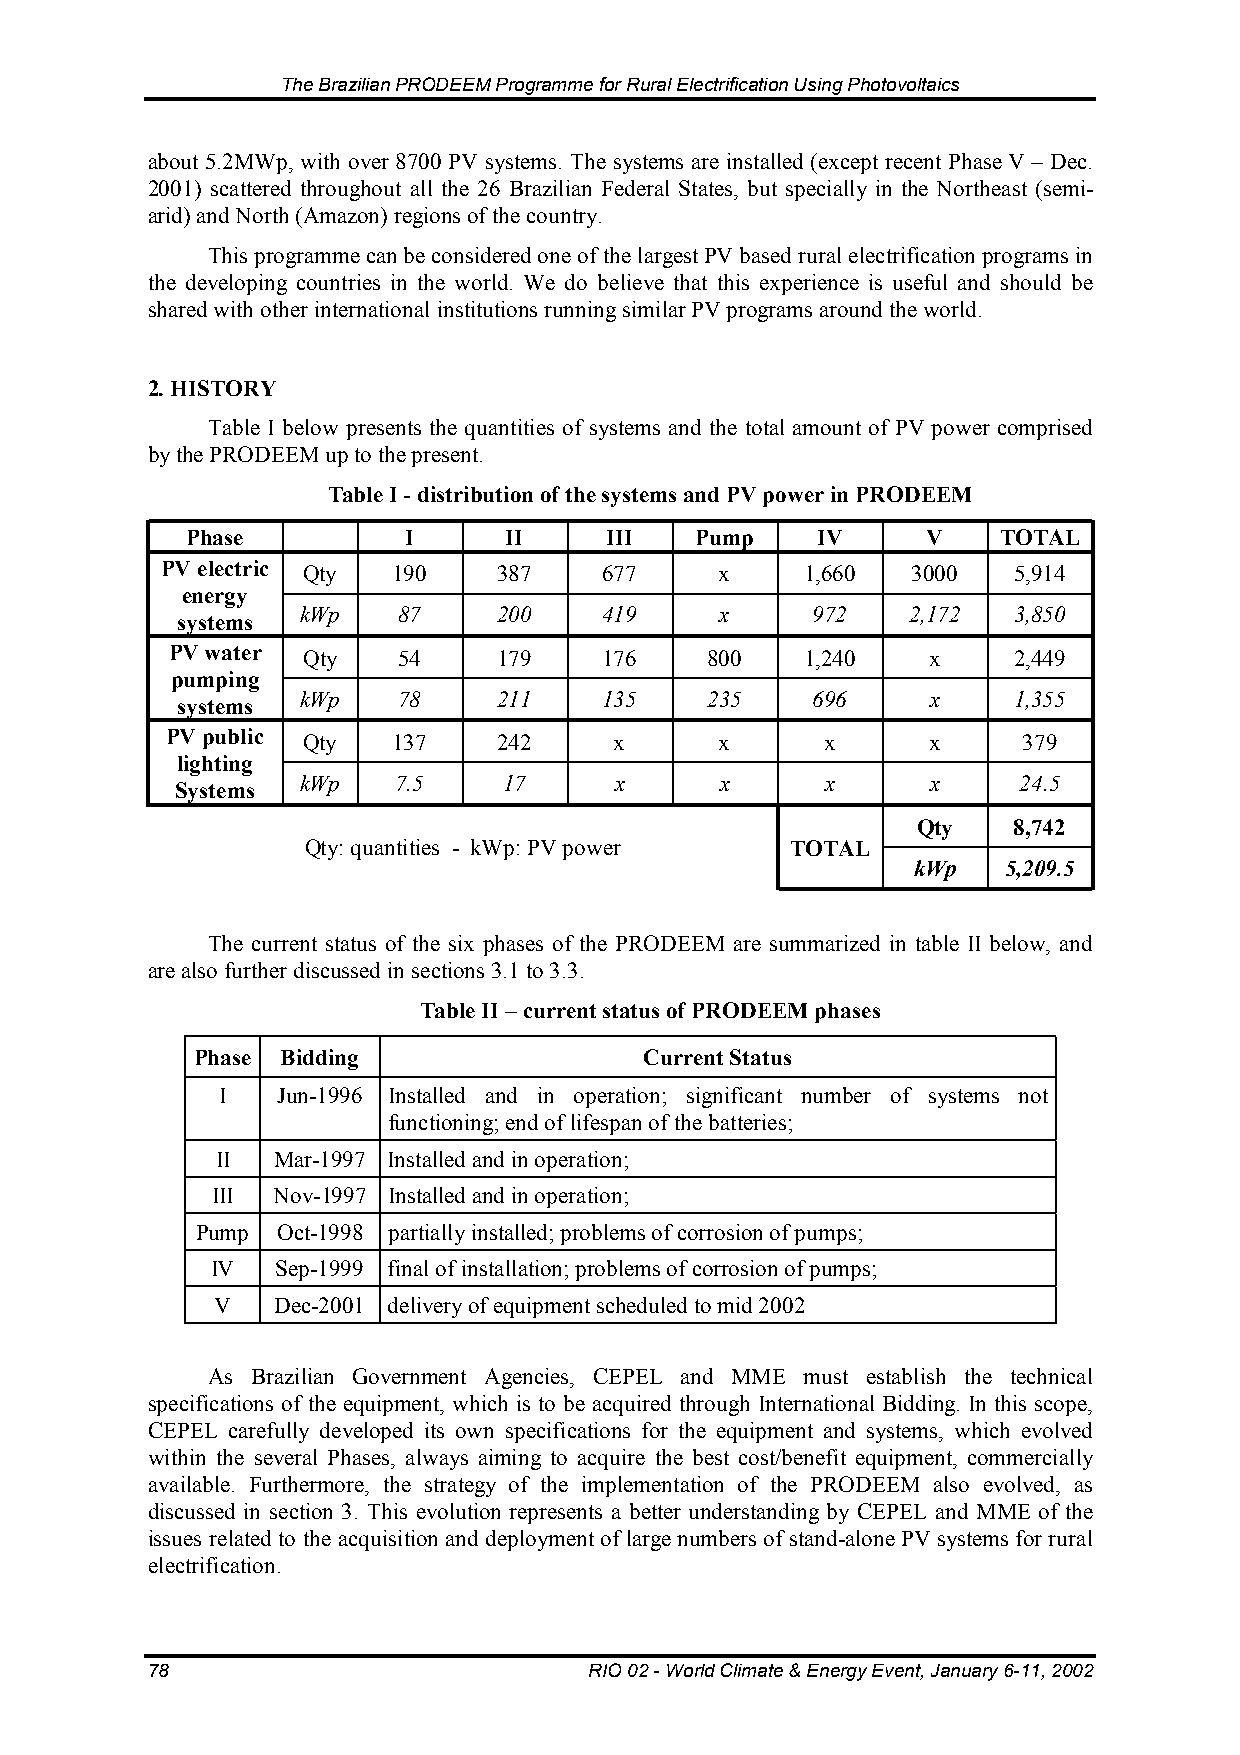
The Brazilian PRODEEM Programme for Rural Electrification Using Photovoltaics
 about 5.2MWp, with over 8700 PV systems. The systems are installed (except recent Phase V – Dec.
 2001) scattered throughout all the 26 Brazilian Federal States, but specially in the Northeast (semi-
 arid) and North (Amazon) regions of the country.
 This programme can be considered one of the largest PV based rural electrification programs in
 the developing countries in the world. We do believe that this experience is useful and should be
 shared with other international institutions running similar PV programs around the world.
 2. HISTORY
 Table I below presents the quantities of systems and the total amount of PV power comprised
 by the PRODEEM up to the present.
 Table I - distribution of the systems and PV power in PRODEEM
 Phase          I      II    III   Pump    IV     V    TOTAL
 PV electric Qty 190   387    677     x    1,660  3000   5,914
 energy
 kWp   87     200    419     x     972   2,172  3,850
 systems
 PV water Qty   54     179    176    800   1,240    x    2,449
 pumping
 kWp   78     211    135    235    696     x    1,355
 systems
 PV public Qty  137    242     x      x      x      x     379
 lighting
 kWp   7.5    17      x      x      x      x     24.5
 Systems
 Qty   8,742
 Qty: quantities - kWp: PV power TOTAL
 kWp    5,209.5
 The current status of the six phases of the PRODEEM are summarized in table II below, and
 are also further discussed in sections 3.1 to 3.3.
 Table II – current status of PRODEEM phases
 Phase Bidding                 Current Status
 I   Jun-1996 Installed and in operation; significant number of systems not
 functioning; end of lifespan of the batteries;
 II  Mar-1997 Installed and in operation;
 III Nov-1997 Installed and in operation;
 Pump Oct-1998 partially installed; problems of corrosion of pumps;
 IV  Sep-1999 final of installation; problems of corrosion of pumps;
 V   Dec-2001 delivery of equipment scheduled to mid 2002
 As Brazilian Government Agencies, CEPEL and MME must establish the technical
 specifications of the equipment, which is to be acquired through International Bidding. In this scope,
 CEPEL carefully developed its own specifications for the equipment and systems, which evolved
 within the several Phases, always aiming to acquire the best cost/benefit equipment, commercially
 available. Furthermore, the strategy of the implementation of the PRODEEM also evolved, as
 discussed in section 3. This evolution represents a better understanding by CEPEL and MME of the
 issues related to the acquisition and deployment of large numbers of stand-alone PV systems for rural
 electrification.
 78                           RIO 02 - World Climate & Energy Event, January 6-11, 2002